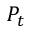
P _ { t }